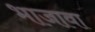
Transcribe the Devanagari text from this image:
भाजावा